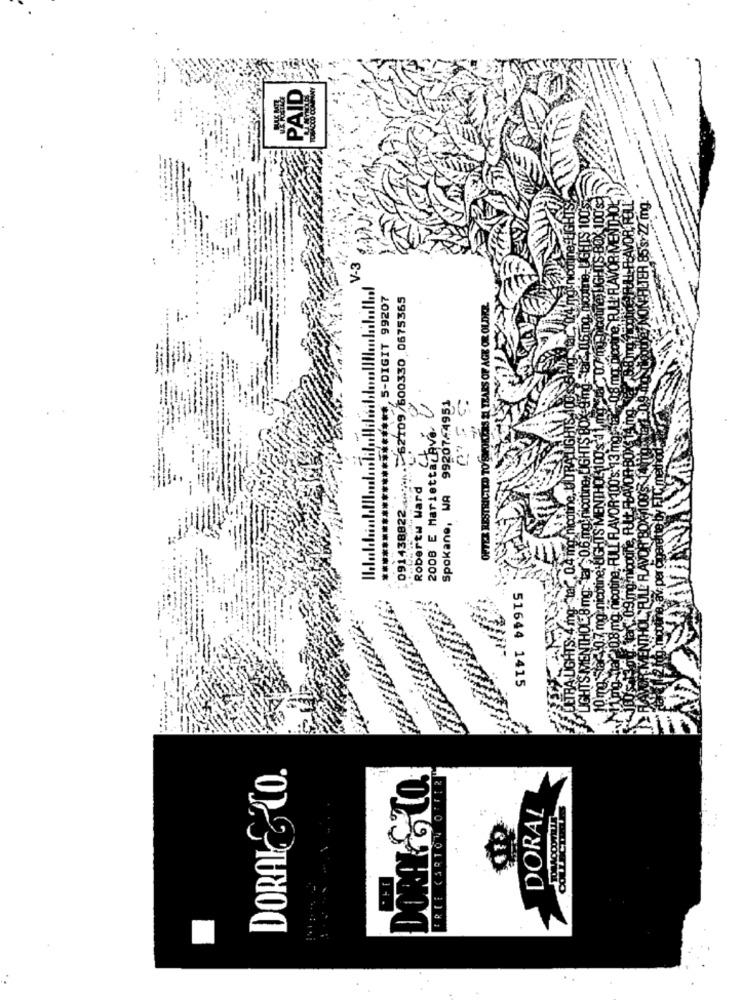
PAID
Lamg, nicotine, LIGHTS 100'S
S.BOX 100'S:
syZ2 mg.
HUGH
END
e, BLIR'AVORA
UTER 85
V-3
arU.f my nicotiney IGHTS
**********************, 5-DIGIT 99207
091438822.62109/600330 0675365
OKERS EL TEARS OF AGE OR OLDER.
8mg
Spokane, WA 99207-4951
Simg
2008 E Mariettacava.
.UGH
OR 100's: 13 mgs
CTED TO SAY
MENTHOL10
Robertw Ward
OFTEX RESTR
Star 0.4 m
IGHTS
10 mg
51644 1415
DORAK& CO.
DORAKS TO.
DORAL